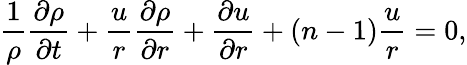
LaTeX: \frac{1}{\rho}\frac{\partial\rho}{\partial t}+\frac{u}{r}\frac{\partial\rho}{\partial r}+\frac{\partial u}{\partial r}+\left(n-1\right)\frac{u}{r}=0,